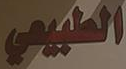
الطبيعي